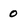
Character: 0